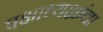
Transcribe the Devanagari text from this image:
पक्षाध्यक्षांचा